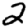
Digit: 2